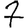
Digit: 7